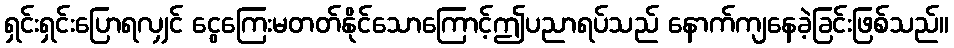
ရှင်းရှင်းပြောရလျှင် ငွေကြေးမတတ်နိုင်သောကြောင့်ဤပညာရပ်သည် နောက်ကျနေခဲ့ခြင်းဖြစ်သည်။